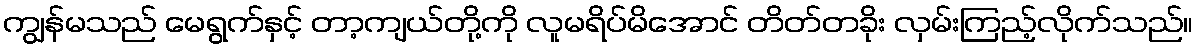
ကျွန်မသည် မေရွက်နှင့် တာ့ကျယ်တို့ကို လူမရိပ်မိအောင် တိတ်တခိုး လှမ်းကြည့်လိုက်သည်။